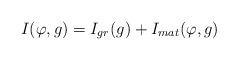
LaTeX: \begin{align*}I(\varphi, g)=I_{gr}(g)+I_{mat}(\varphi, g)\end{align*}